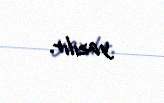
yazılır.